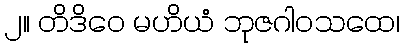
၂။ တိဒိဝေ မဟိယံ ဘုဇဂါဝသထေ၊